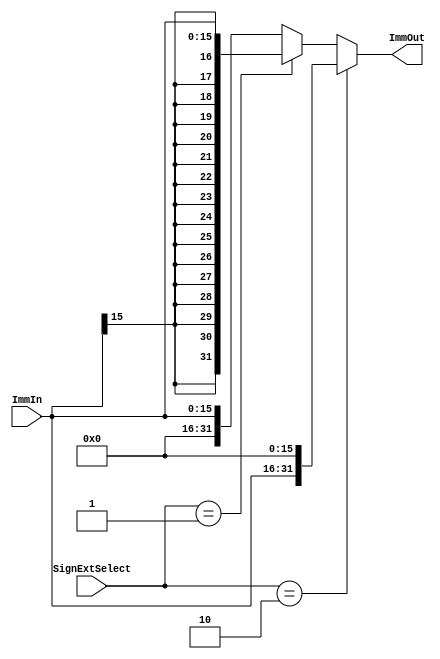
`timescale 1ns / 1ps
//////////////////////////////////////////////////////////////////////////////////
// Company: 
// Engineer: 
// 
// Design Name: 
// Module Name:    sign_extender 
// Project Name: 
// Target Devices: 
// Tool versions: 
// Description: 
//
// Dependencies: 
//
// Revision: 
// Revision 0.01 - File Created
// Additional Comments: 
//
//////////////////////////////////////////////////////////////////////////////////
module sign_extender(
		input [15:0] ImmIn,
		input [1:0] SignExtSelect,
		output [31:0] ImmOut
    );
	 
	// 0: ZE
	// 1: SE
	// 2: LUI
	assign ImmOut = (SignExtSelect == 2'b10) ? {ImmIn, 16'd0} : ((SignExtSelect == 2'b01) ? {{16{ImmIn[15]}}, ImmIn[15:0]} : {16'd0, ImmIn});
		
endmodule